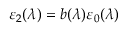
\varepsilon _ { 2 } ( \lambda ) = b ( \lambda ) \varepsilon _ { 0 } ( \lambda )